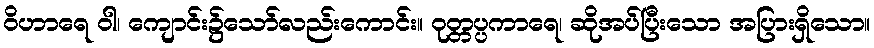
ဝိဟာရေ ဝါ၊ ကျောင်း၌သော်လည်းကောင်း။ ဝုတ္တပ္ပကာရေ၊ ဆိုအပ်ပြီးသော အပြားရှိသော။